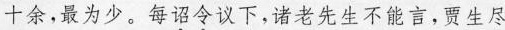
十余,最为少。每\underset{·}{诏}\underset{·}{令}议下,诸老先生不能言,贾生尽